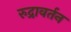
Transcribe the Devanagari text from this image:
रुद्रावर्तन